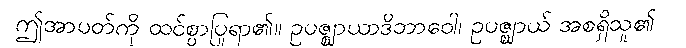
ဤအာပတ်ကို ထင်စွာပြုရာ၏။ ဥပဇ္ဈာယာဒိဘာဝေါ၊ ဥပဇ္ဈာယ် အစရှိသူ၏